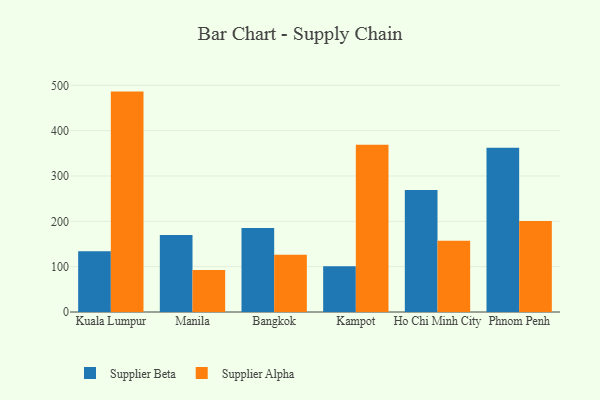
{"axis": {"x": "City", "y": "Tickets Resolved"}, "legend": ["Supplier Alpha", "Supplier Beta"], "data": [{"x": "Kuala Lumpur", "y": 134.2, "type": "Supplier Beta"}, {"x": "Kuala Lumpur", "y": 486.1, "type": "Supplier Alpha"}, {"x": "Manila", "y": 169.8, "type": "Supplier Beta"}, {"x": "Manila", "y": 92.4, "type": "Supplier Alpha"}, {"x": "Bangkok", "y": 185.2, "type": "Supplier Beta"}, {"x": "Bangkok", "y": 126.3, "type": "Supplier Alpha"}, {"x": "Kampot", "y": 100.7, "type": "Supplier Beta"}, {"x": "Kampot", "y": 368.8, "type": "Supplier Alpha"}, {"x": "Ho Chi Minh City", "y": 269.0, "type": "Supplier Beta"}, {"x": "Ho Chi Minh City", "y": 157.0, "type": "Supplier Alpha"}, {"x": "Phnom Penh", "y": 362.0, "type": "Supplier Beta"}, {"x": "Phnom Penh", "y": 200.8, "type": "Supplier Alpha"}]}